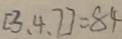
[ 3 、 4 、 7 ] = 8 4